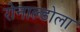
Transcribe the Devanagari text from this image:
रोनाल्डोला